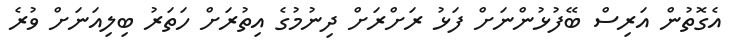
އެގޮތުން އަރިސް ބޭފުޅުންނަށް ފަޅު ރަށްރަށް ދިނުމުގެ އިތުރަށް ހަތަރު ބިލިއަނަށް ވުރެ